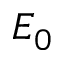
E _ { 0 }